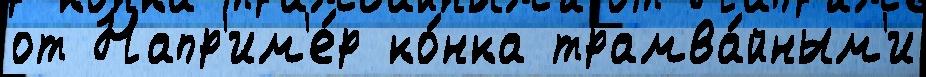
от Напр'им'е́р ко́нка трамва́йным'и